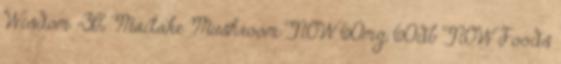
Wisdom -31% Maitake Mushroom NOW 60mg, 60db NOW Foods